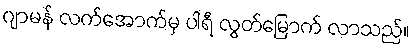
ဂျာမန် လက်အောက်မှ ပါရီ လွတ်မြောက် လာသည်။